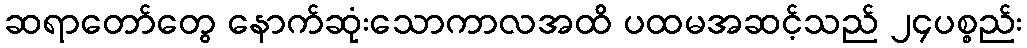
ဆရာတော်တွေ နောက်ဆုံးသောကာလအထိ ပထမအဆင့်သည် ၂၄ပစ္စည်း